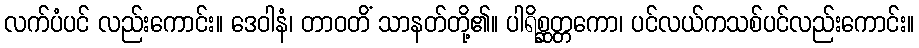
လက်ပံပင် လည်းကောင်း။ ဒေဝါနံ၊ တာဝတိံ သာနတ်တို့၏။ ပါရိစ္ဆတ္တကော၊ ပင်လယ်ကသစ်ပင်လည်းကောင်း။